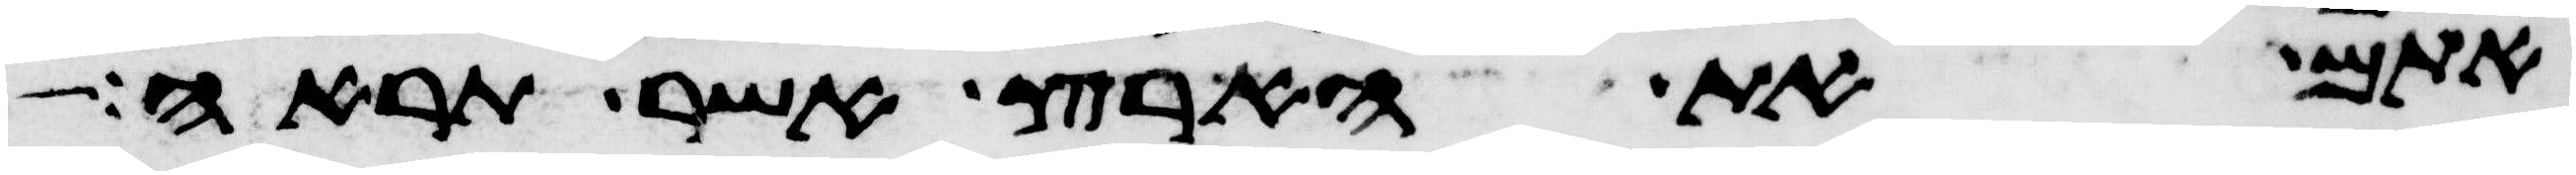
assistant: אתם את הארץ אשר תראה